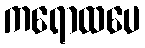
ကရောထပေ